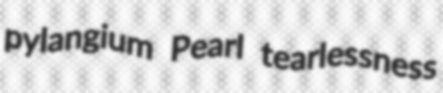
pylangium Pearl tearlessness